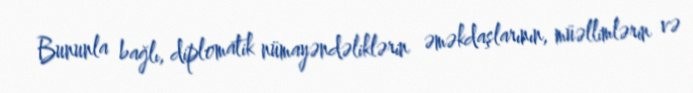
Bununla bağlı, diplomatik nümayəndəliklərin əməkdaşlarının, müəllimlərin və